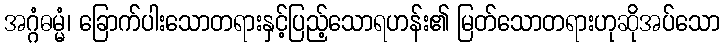
အဂ္ဂံဓမ္မံ၊ ခြောက်ပါးသောတရားနှင့်ပြည့်သောရဟန်း၏ မြတ်သောတရားဟုဆိုအပ်သော